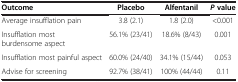
| Outcome | Placebo | Alfentanil | P value |
 | --- | --- | --- | --- |
 | Average insufflation pain | 3.8 (2.1) | 1.8 (2.0) | <0.001 |
 | Insufflation most burdensome aspect | 56.1% (23/41) | 18.6% (8/43) | 0.001 |
 | Insufflation most painful aspect | 60.0% (24/40) | 34.1% (15/44) | 0.053 |
 | Advise for screening | 92.7% (38/41) | 100% (44/44) | 0.11 |